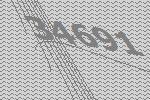
34691